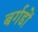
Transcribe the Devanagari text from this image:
बर्गडों